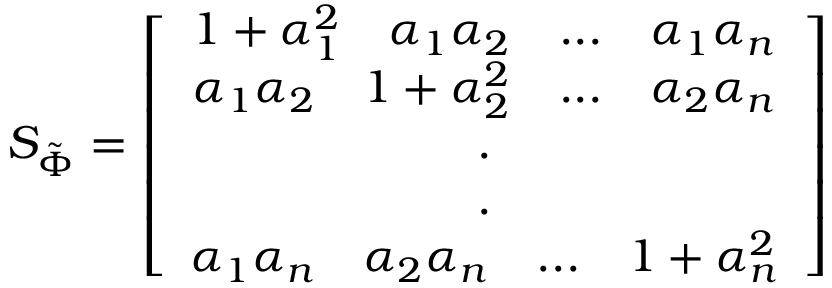
S _ { \tilde { \Phi } } = \left[ \begin{array} { c c c } { 1 + \alpha _ { 1 } ^ { 2 } \quad \alpha _ { 1 } \alpha _ { 2 } \quad . . . \quad \alpha _ { 1 } \alpha _ { n } } \\ { \alpha _ { 1 } \alpha _ { 2 } \quad 1 + \alpha _ { 2 } ^ { 2 } \quad . . . \quad \alpha _ { 2 } \alpha _ { n } } \\ { . } \\ { . } \\ { \alpha _ { 1 } \alpha _ { n } \quad \alpha _ { 2 } \alpha _ { n } \quad . . . \quad 1 + \alpha _ { n } ^ { 2 } } \end{array} \right]